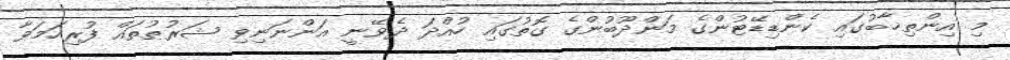
މި އިންތިޚާބުގައި ކެންޑިޑޭޓުންގެ މަންދޫބުންގެ ގޮތުގައި ހުއްދަ ދެވޭނީ އަންނަނިވި ޝަރުޠުތައް ފުރިހަމަވާ